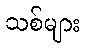
သစ်များ